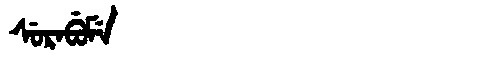
Manchu: ᠰᡠᡵᠠᠪᡠᠮᡝ
Romanization: SURABUME